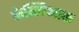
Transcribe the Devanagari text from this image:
फेब्लिआक